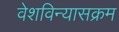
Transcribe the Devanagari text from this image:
वेशविन्यासक्रम